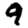
Digit: 9